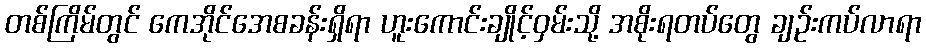
တစ်ကြိမ်တွင် ကေအိုင်အေစခန်းရှိရာ ဟူးကောင်းချိုင့်ဝှမ်းသို့ အစိုးရတပ်တွေ ချဉ်းကပ်လာရာ